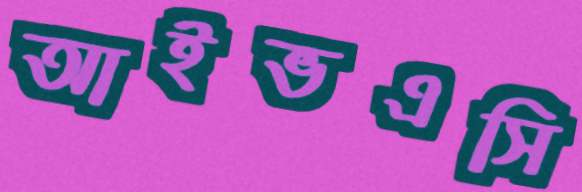
আইভএসি